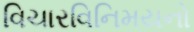
વિચારવિનિમયનો